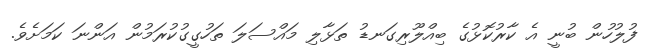
ފުލުހުން ބުނީ އެ ކާރުކޮޅުގެ ބިއްލޫރިގަނޑު ތަޅާލި މައްސަލަ ތަހުގީގުކުރަމުން އަންނަ ކަމަށެވެ.